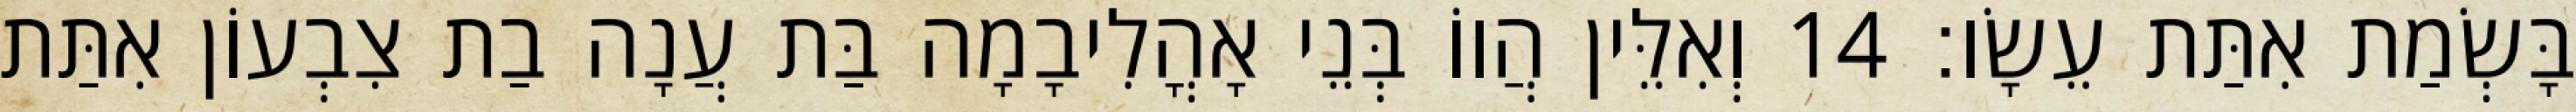
בָּשְׂמַת אִתַּת עֵשָׂו׃ 14 וְאִלֵּין הֲווֹ בְּנֵי אָהֳלִיבָמָה בַּת עֲנָה בַת צִבְעוֹן אִתַּת